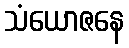
သံယောဇနေ